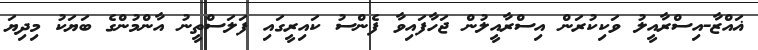
ޣައްޒާ-އިސްރާއީލު ވަކިކުރަން އިސްރާއީލުން ޖަހާފައިވާ ފެންސު ކައިރީގައި ފަލަސްތީނު އާންމުންގެ ބަޔަކު މިދިޔަ